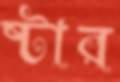
ষ্টার